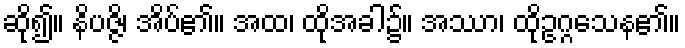
ဆို၍။ နိပဇ္ဇိ၊ အိပ်၏။ အထ၊ ထိုအခါ၌။ အဿာ၊ ထိုဥဂ္ဂသေန၏။